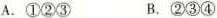
A.①②③ B.②③④